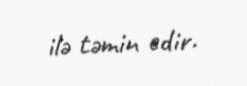
ilə təmin edir.